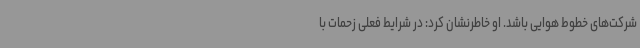
شرکت‌های خطوط هوایی باشد. او خاطرنشان کرد: در شرایط فعلی زحمات با